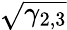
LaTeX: \sqrt{\gamma_{2,3}}